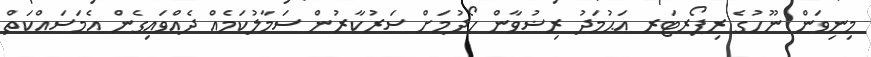
މިނިވަން ނޫހުގެ ރިޕޯރޓަރ އަޙުމަދު ރިޟުވާން ހޯދުމަށް ސަރުކާރުން ސަމާލުކަމެއް ދެއްވައިގެން އެމަސައްކަތް